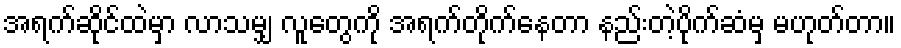
အရက်ဆိုင်ထဲမှာ လာသမျှ လူတွေကို အရက်တိုက်နေတာ နည်းတဲ့ပိုက်ဆံမှ မဟုတ်တာ။